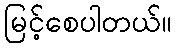
မြင့်စေပါတယ်။